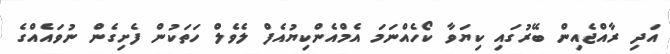
އަދި ރާއްޖެއިން ބޭރުގައި ކިޔަވާ ކޯހެއްނަމަ އެމްއެންކިޔުއެފް ލެވެލް ހަތަކުން ފެށިގެން ނުވައެއްގެ